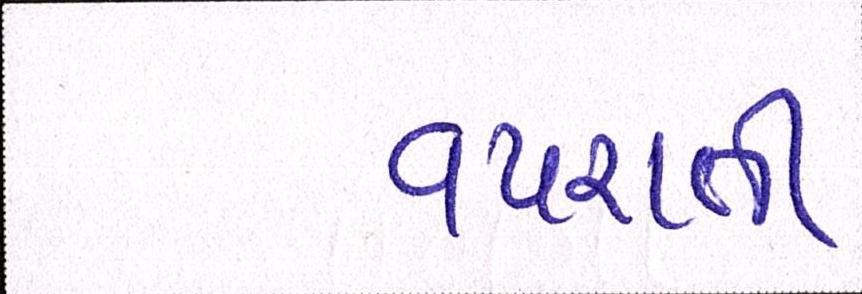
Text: વપરાતી